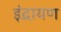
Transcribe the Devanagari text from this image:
इंद्रायण